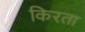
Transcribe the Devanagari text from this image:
किरता